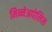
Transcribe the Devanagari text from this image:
मिन्नेअपोलिस